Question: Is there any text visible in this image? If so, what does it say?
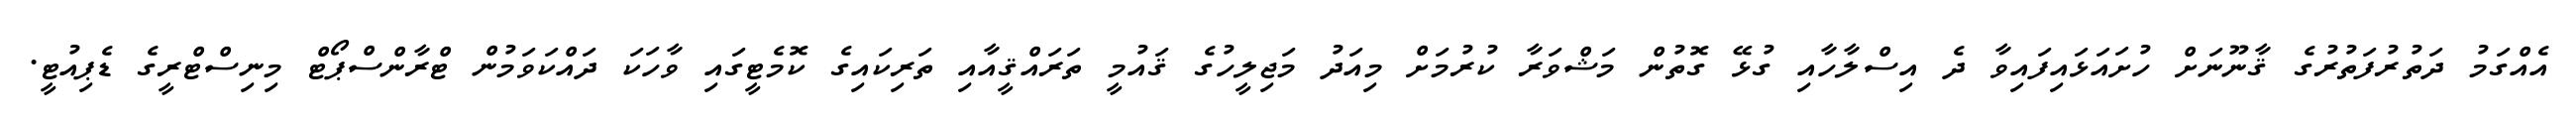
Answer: އެއްގަމު ދަތުރުފަތުރުގެ ޤާނޫނަށް ހުށައަޅައިފައިވާ ދެ އިސްލާހާއި ގުޅޭ ގޮތުން މަޝްވަރާ ކުރުމަށް މިއަދު މަޖިލީހުގެ ޤައުމީ ތަރައްޤީއާއި ތަރިކައިގެ ކޮމެޓީގައި ވާހަކަ ދައްކަވަމުން ޓްރާންސްޕޯޓް މިނިސްޓްރީގެ ޑެޕިއުޓީ.